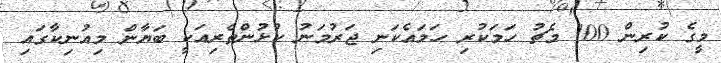
މީގެ ކުރިން 100 މެޗު ހަމަކުރި ހަމައެކަނި ޖަރުމަނު ކުޅުންތެރިއަކީ ބަޔާން މިއުނިކާގައި